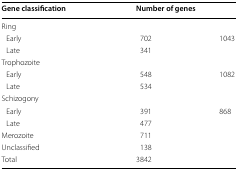
<table><thead><tr><td><b>Gene classification</b></td><td colspan="2"><b>Number of genes</b></td></tr></thead><tbody><tr><td colspan="3">Ring</td></tr><tr><td> Early</td><td>702</td><td rowspan="2">1043</td></tr><tr><td> Late</td><td>341</td></tr><tr><td colspan="3">Trophozoite</td></tr><tr><td> Early</td><td>548</td><td rowspan="2">1082</td></tr><tr><td> Late</td><td>534</td></tr><tr><td colspan="3">Schizogony</td></tr><tr><td> Early</td><td>391</td><td rowspan="2">868</td></tr><tr><td> Late</td><td>477</td></tr><tr><td>Merozoite</td><td>711</td><td></td></tr><tr><td>Unclassified</td><td>138</td><td></td></tr><tr><td>Total</td><td>3842</td><td></td></tr></tbody></table>